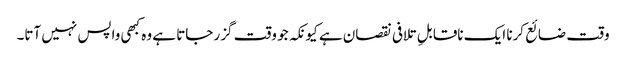
وقت ضائع کرنا ایک ناقابلِ تلافی نقصان ہے کیونکہ جو وقت گزر جاتا ہے وہ کبھی واپس نہیں آتا۔